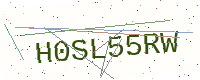
Text: H0SL55RW